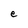
Character: e